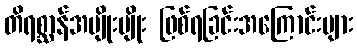
တိရစ္ဆာန်အမျိုးမျိုး ဖြစ်ရခြင်းအကြောင်းများ